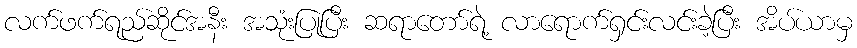
လက်ဖက်ရည်ဆိုင်အနီး အသုံးပြုပြီး ဆရာတော်ရဲ့ လာရောက်ရှင်းလင်းခဲ့ပြီး အိပ်ယာမှ